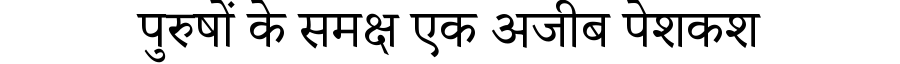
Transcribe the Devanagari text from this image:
पुरुषों के समक्ष एक अजीब पेशकश